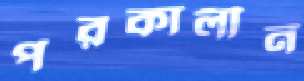
পরকালীন